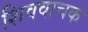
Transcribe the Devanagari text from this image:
शिववाचक